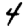
Digit: 4